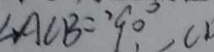
\angle A C B = 9 0 ^ { \circ }